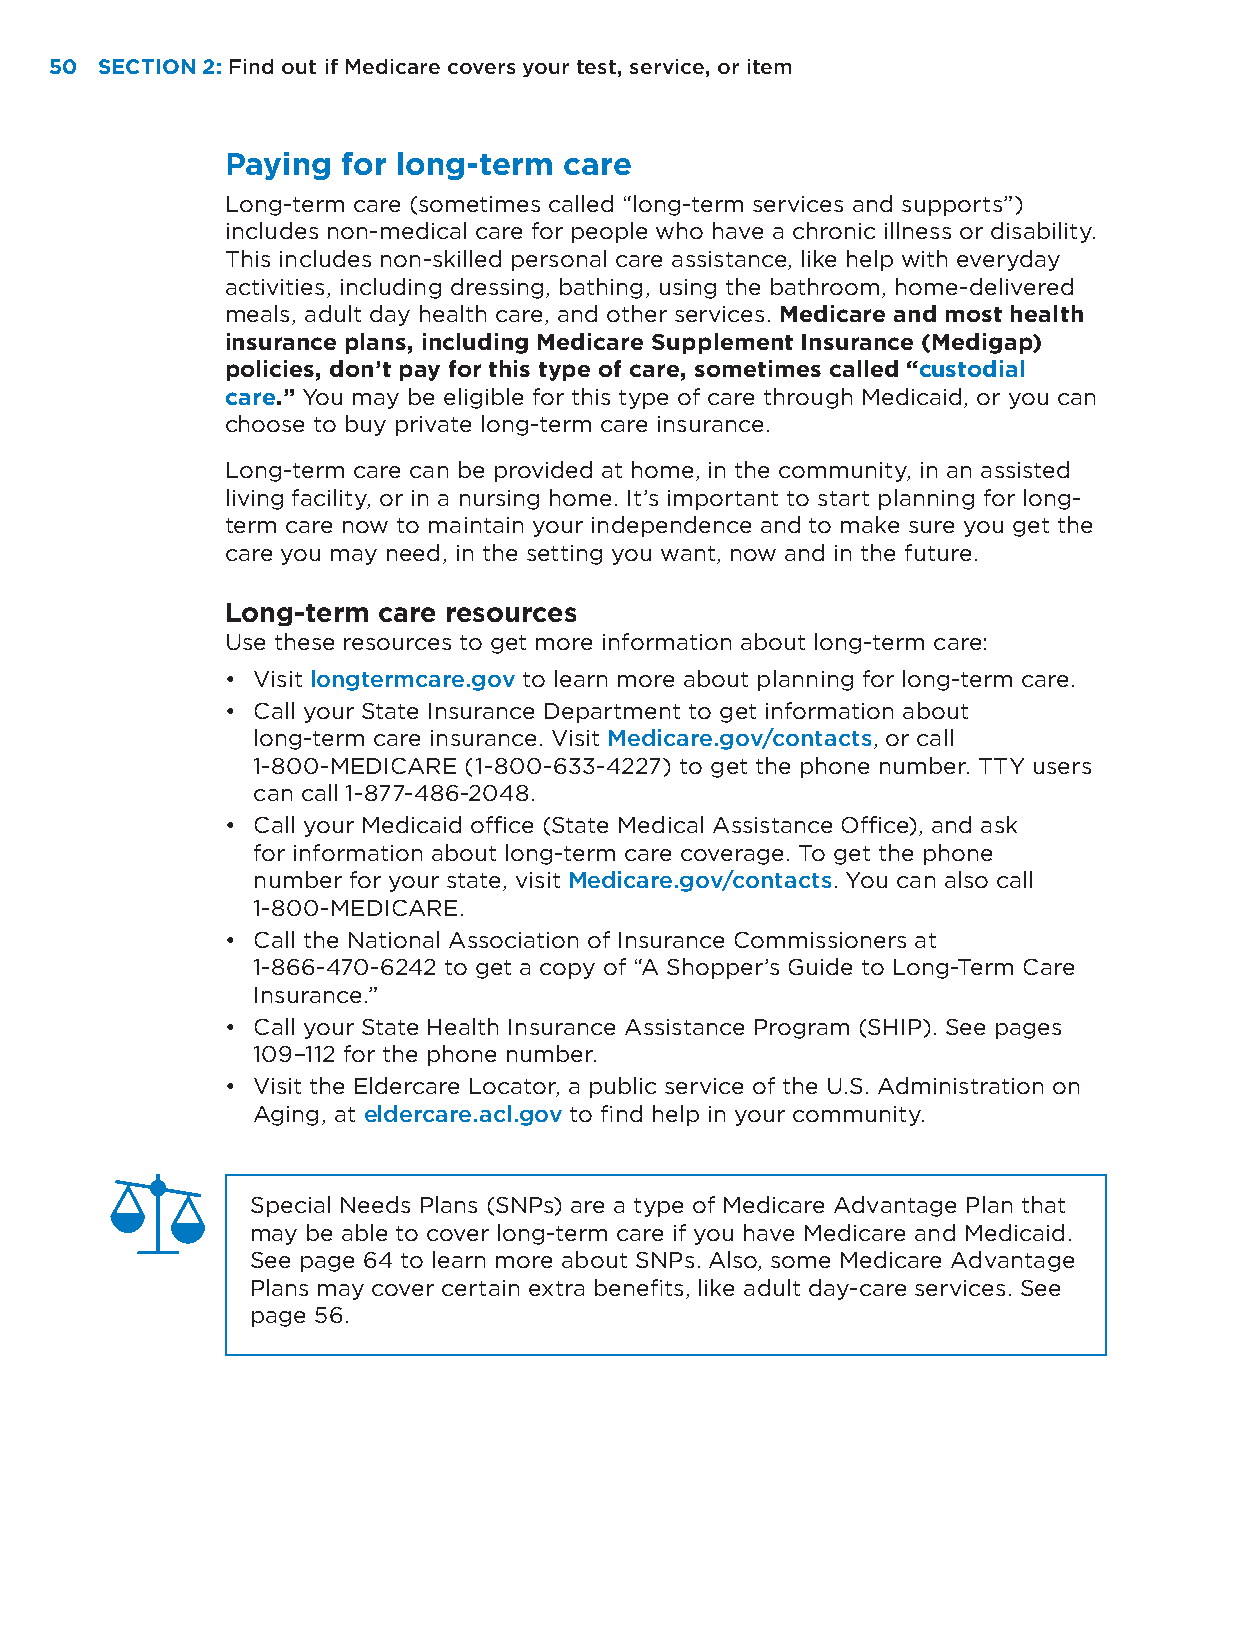
50 SECTION 2: Find out if Medicare covers your test, service, or item
 Paying  for long-term care
 Long-term care (sometimes called “long-term services and supports”)
 includes non-medical care for people who have a chronic illness or disability.
 This includes non-skilled personal care assistance, like help with everyday
 activities, including dressing, bathing, using the bathroom, home-delivered
 meals, adult day health care, and other services. Medicare and most health
 insurance plans, including Medicare Supplement Insurance (Medigap)
 policies, don’t pay for this type of care, sometimes called “custodial
 care.” You may be eligible for this type of care through Medicaid, or you can
 choose to buy private long-term care insurance.
 Long-term care can be provided at home, in the community, in an assisted
 living facility, or in a nursing home. It’s important to start planning for long-
 term care now to maintain your independence and to make sure you get the
 care you may need, in the setting you want, now and in the future.
 Long-term care resources
 Use these resources to get more information about long-term care:
 • Visit longtermcare.gov to learn more about planning for long-term care.
 • Call your State Insurance Department to get information about
 long-term care insurance. Visit Medicare.gov/contacts, or call
 1-800-MEDICARE (1-800-633-4227) to get the phone number. TTY users
 can call 1-877-486-2048.
 • Call your Medicaid office (State Medical Assistance Office), and ask
 for information about long-term care coverage. To get the phone
 number for your state, visit Medicare.gov/contacts. You can also call
 1-800-MEDICARE.
 • Call the National Association of Insurance Commissioners at
 1-866-470-6242 to get a copy of “A Shopper’s Guide to Long-Term Care
 Insurance.”
 • Call your State Health Insurance Assistance Program (SHIP). See pages
 109–112 for the phone number.
 • Visit the Eldercare Locator, a public service of the U.S. Administration on
 Aging, at eldercare.acl.gov to find help in your community.
 Special Needs Plans (SNPs) are a type of Medicare Advantage Plan that
 may be able to cover long-term care if you have Medicare and Medicaid.
 See page 64 to learn more about SNPs. Also, some Medicare Advantage
 Plans may cover certain extra benefits, like adult day-care services. See
 page 56.